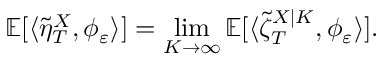
\mathbb { E } [ \langle \tilde { \eta } _ { T } ^ { X } , \phi _ { \varepsilon } \rangle ] = \operatorname* { l i m } _ { K \to \infty } \mathbb { E } [ \langle \tilde { \zeta } _ { T } ^ { X | K } , \phi _ { \varepsilon } \rangle ] .